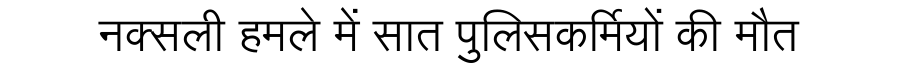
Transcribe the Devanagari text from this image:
नक्सली हमले में सात पुलिसकर्मियों की मौत